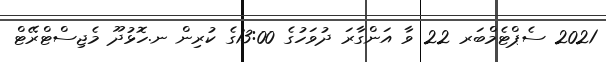
2021 ސެޕްޓެމްބަރ 22 ވާ އަންގާރަ ދުވަހުގެ 13:00ގެ ކުރިން ނ.ހޮޅުދޫ މެޖިސްޓްރޭޓް